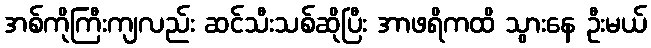
အစ်ကိုကြီးကျလည်း ဆင်သီးသစ်ဆိုပြီး အာဖရိကထိ သွားနေ ဦးမယ်